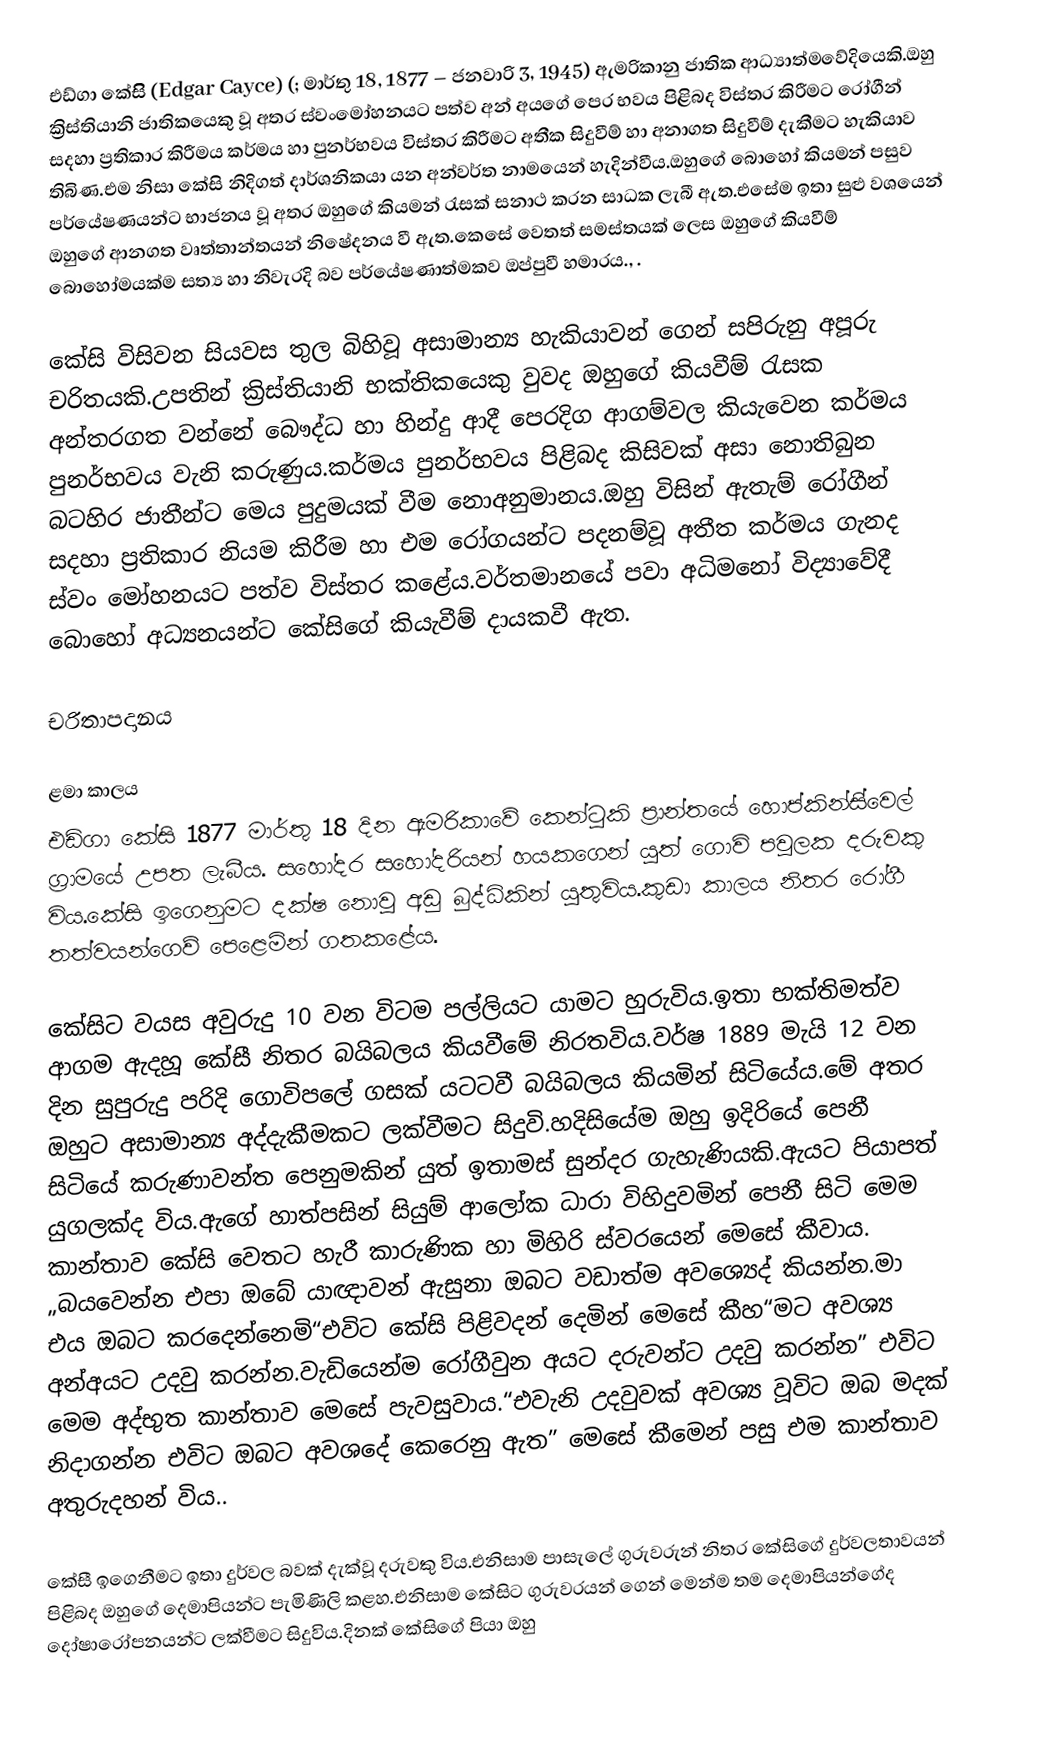
එඩ්ගා  කේසිි (Edgar Cayce) (; මාර්තු 18, 1877 – ජනවාරි 3, 1945) ඇමරිකානු ජාතික  ආධ්‍යාත්මවේදියෙකි.ඔහු ක්‍රිස්තියානි ජාතිකයෙකු වූ අතර ස්වංමෝහනයට පත්ව අන් අයගේ පෙර භවය පිළිබද විස්තර කිරීමට රෝගීන් සදහා ප්‍රතිකාර කිරීමය කර්මය හා පුනර්භවය විස්තර කිරීමට අතීක සිදුවීම් හා අනාගත සිදුවීම් දැකීමට හැකියාව තිබිණ.එම නිසා කේසි නිදිගත් දාර්ශනිකයා යන අන්වර්ත නාමයෙන් හැදින්වීය.ඔහුගේ බොහෝ කියමන් පසුව පර්යේෂණයන්ට භාජනය වූ අතර ඔහුගේ කියමන් රැසක් සනාථ කරන සාධක ලැබී ඇත.එසේම ඉතා සුළු වශයෙන් ඔහුගේ ආනගත වෘත්තාන්තයන් නිෂේදනය වී ඇත.කෙසේ වෙතත් සමස්තයක් ලෙස ඔහුගේ කියවීම් බොහෝමයක්ම සත්‍ය හා නිවැරදි බව පර්යේෂණාත්මකව ඔප්පුවී හමාරය., .

කේසි විසිවන සියවස තුල බිහිවූ අසාමාන්‍ය හැකියාවන් ගෙන් සපිරුනු අපූරු චරිතයකි.උපතින් ක්‍රිස්තියානි භක්තිකයෙකු වුවද ඔහුගේ කියවීම් රැසක අන්තරගත වන්නේ බෞද්ධ හා හින්දු ආදී පෙරදිග ආගම්වල කියැවෙන කර්මය පුනර්භවය වැනි කරුණුය.කර්මය පුනර්භවය පිළිබද කිසිවක් අසා නොතිබුන බටහිර ජාතීන්ට මෙය පුදුමයක් වීම නොඅනුමානය.ඔහු විසින් ඇතැම් රෝගීන් සදහා ප්‍රතිකාර නියම කිරීම හා එම රෝගයන්ට පදනම්වූ අතීත කර්මය ගැනද ස්වං මෝහනයට පත්ව විස්තර කළේය.වර්තමානයේ පවා අධිමනෝ විද්‍යාවේදී බොහෝ අධ්‍යනයන්ට කේසිගේ කියැවීම් දායකවී ඇත.

චරිතාපදානය

ළමා කාලය
එඩ්ගා කේසි 1877 මාර්තු 18 දින ඇමරිකාවේ කෙන්ටුකි ප්‍රාන්තයේ හොප්කින්සි්වෙල් ග්‍රාමයේ උපත ලැබීය. සහෝදර සහෝදරියන් හයකගෙන් යුත් ගොවි පවුලක දරුවකු විය.කේසි ඉගෙනුමට දක්ෂ නොවු අඩු බුද්ධිකින් යුතුවිය.කුඩා කාලය නිතර රෝගී තත්වයන්ගෙව් පෙළෙමින් ගතකළේය.

කේසිට වයස අවුරුදු 10 වන විටම පල්ලියට යාමට හුරුවිය.ඉතා භක්තිමත්ව ආගම ඇදහූ කේසී නිතර බයිබලය කියවීමේ නිරතවිය.වර්ෂ 1889 මැයි 12 වන දින සුපුරුදු පරිදි ගොවිපලේ ගසක් යටටවී බයිබලය කියමින් සිටියේය.මේ අතර ඔහුට අසාමාන්‍ය අද්දැකීමකට ලක්වීමට සිදුවි.හදිසියේම ඔහු ඉදිරියේ පෙනී සිටියේ කරුණාවන්ත පෙනුමකින් යුත් ඉතාමස් සුන්දර ගැහැණියකි.ඇයට පියාපත් යුගලක්ද විය.ඇගේ හාත්පසින් සියුම් ආලෝක ධාරා විහිදුවමින් පෙනී සිටි මෙම කාන්තාව කේසි වෙතට හැරී කාරුණික හා මිහිරි ස්වරයෙන් මෙසේ කීවාය. „බයවෙන්න එපා ඔබේ යාඥාවන් ඇසුනා ඔබට වඩාත්ම අවශ්‍යෙද් කියන්න.මා එය ඔබට කරදෙන්නෙමි“එවිට කේසි පිළිවදන් දෙමින් මෙසේ කීහ“මට අවශ්‍ය අන්අයට උදවු කරන්න.වැඩියෙන්ම රෝගීවුන අයට දරුවන්ට උදවු කරන්න” එවිට මෙම අද්භුත කාන්තාව මෙසේ පැවසුවාය.“එවැනි උදවුවක් අවශ්‍ය වූවිට ඔබ මදක් නිදාගන්න එවිට ඔබට අවශදේ කෙරෙනු ඇත” මෙසේ කීමෙන් පසු එම කාන්තාව අතුරුදහන් විය..

කේසී ඉගෙනීමට ඉතා දුර්වල බවක් දැක්වූ දරුවකු විය.එනිසාම පාසැලේ ගුරුවරුන් නිතර කේසිගේ දුර්වලතාවයන් පිළිබද ඔහුගේ දෙමාපියන්ට පැමිණිලි කළහ.එනිසාම කේසිට ගුරුවරයන් ගෙන් මෙන්ම තම දෙමාපියන්ගේද දෝෂාරෝපනයන්ට ලක්වීමට සිදුවිය.දිනක් කේසිගේ පියා ඔහු